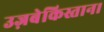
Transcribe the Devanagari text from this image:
उज़बेकिस्तान।